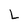
Character: L